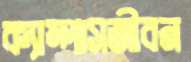
ক্যাম্পাসজীবন